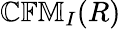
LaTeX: \mathbb{CFM}_{I}(R)